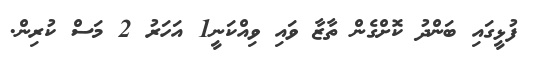
ފުޅީގައި ބަންދު ކޮށްގެން ތާޒާ ވައި ވިއްކަނީ1 އަހަރު 2 މަސް ކުރިން.